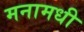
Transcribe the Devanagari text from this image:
मनामधी